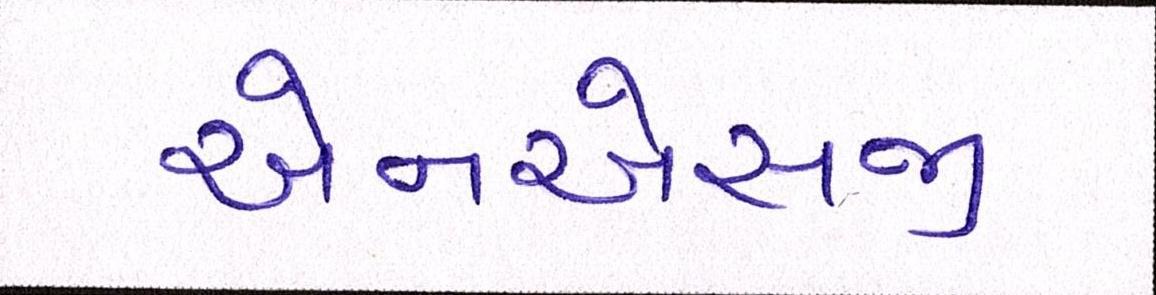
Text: એનએસજી